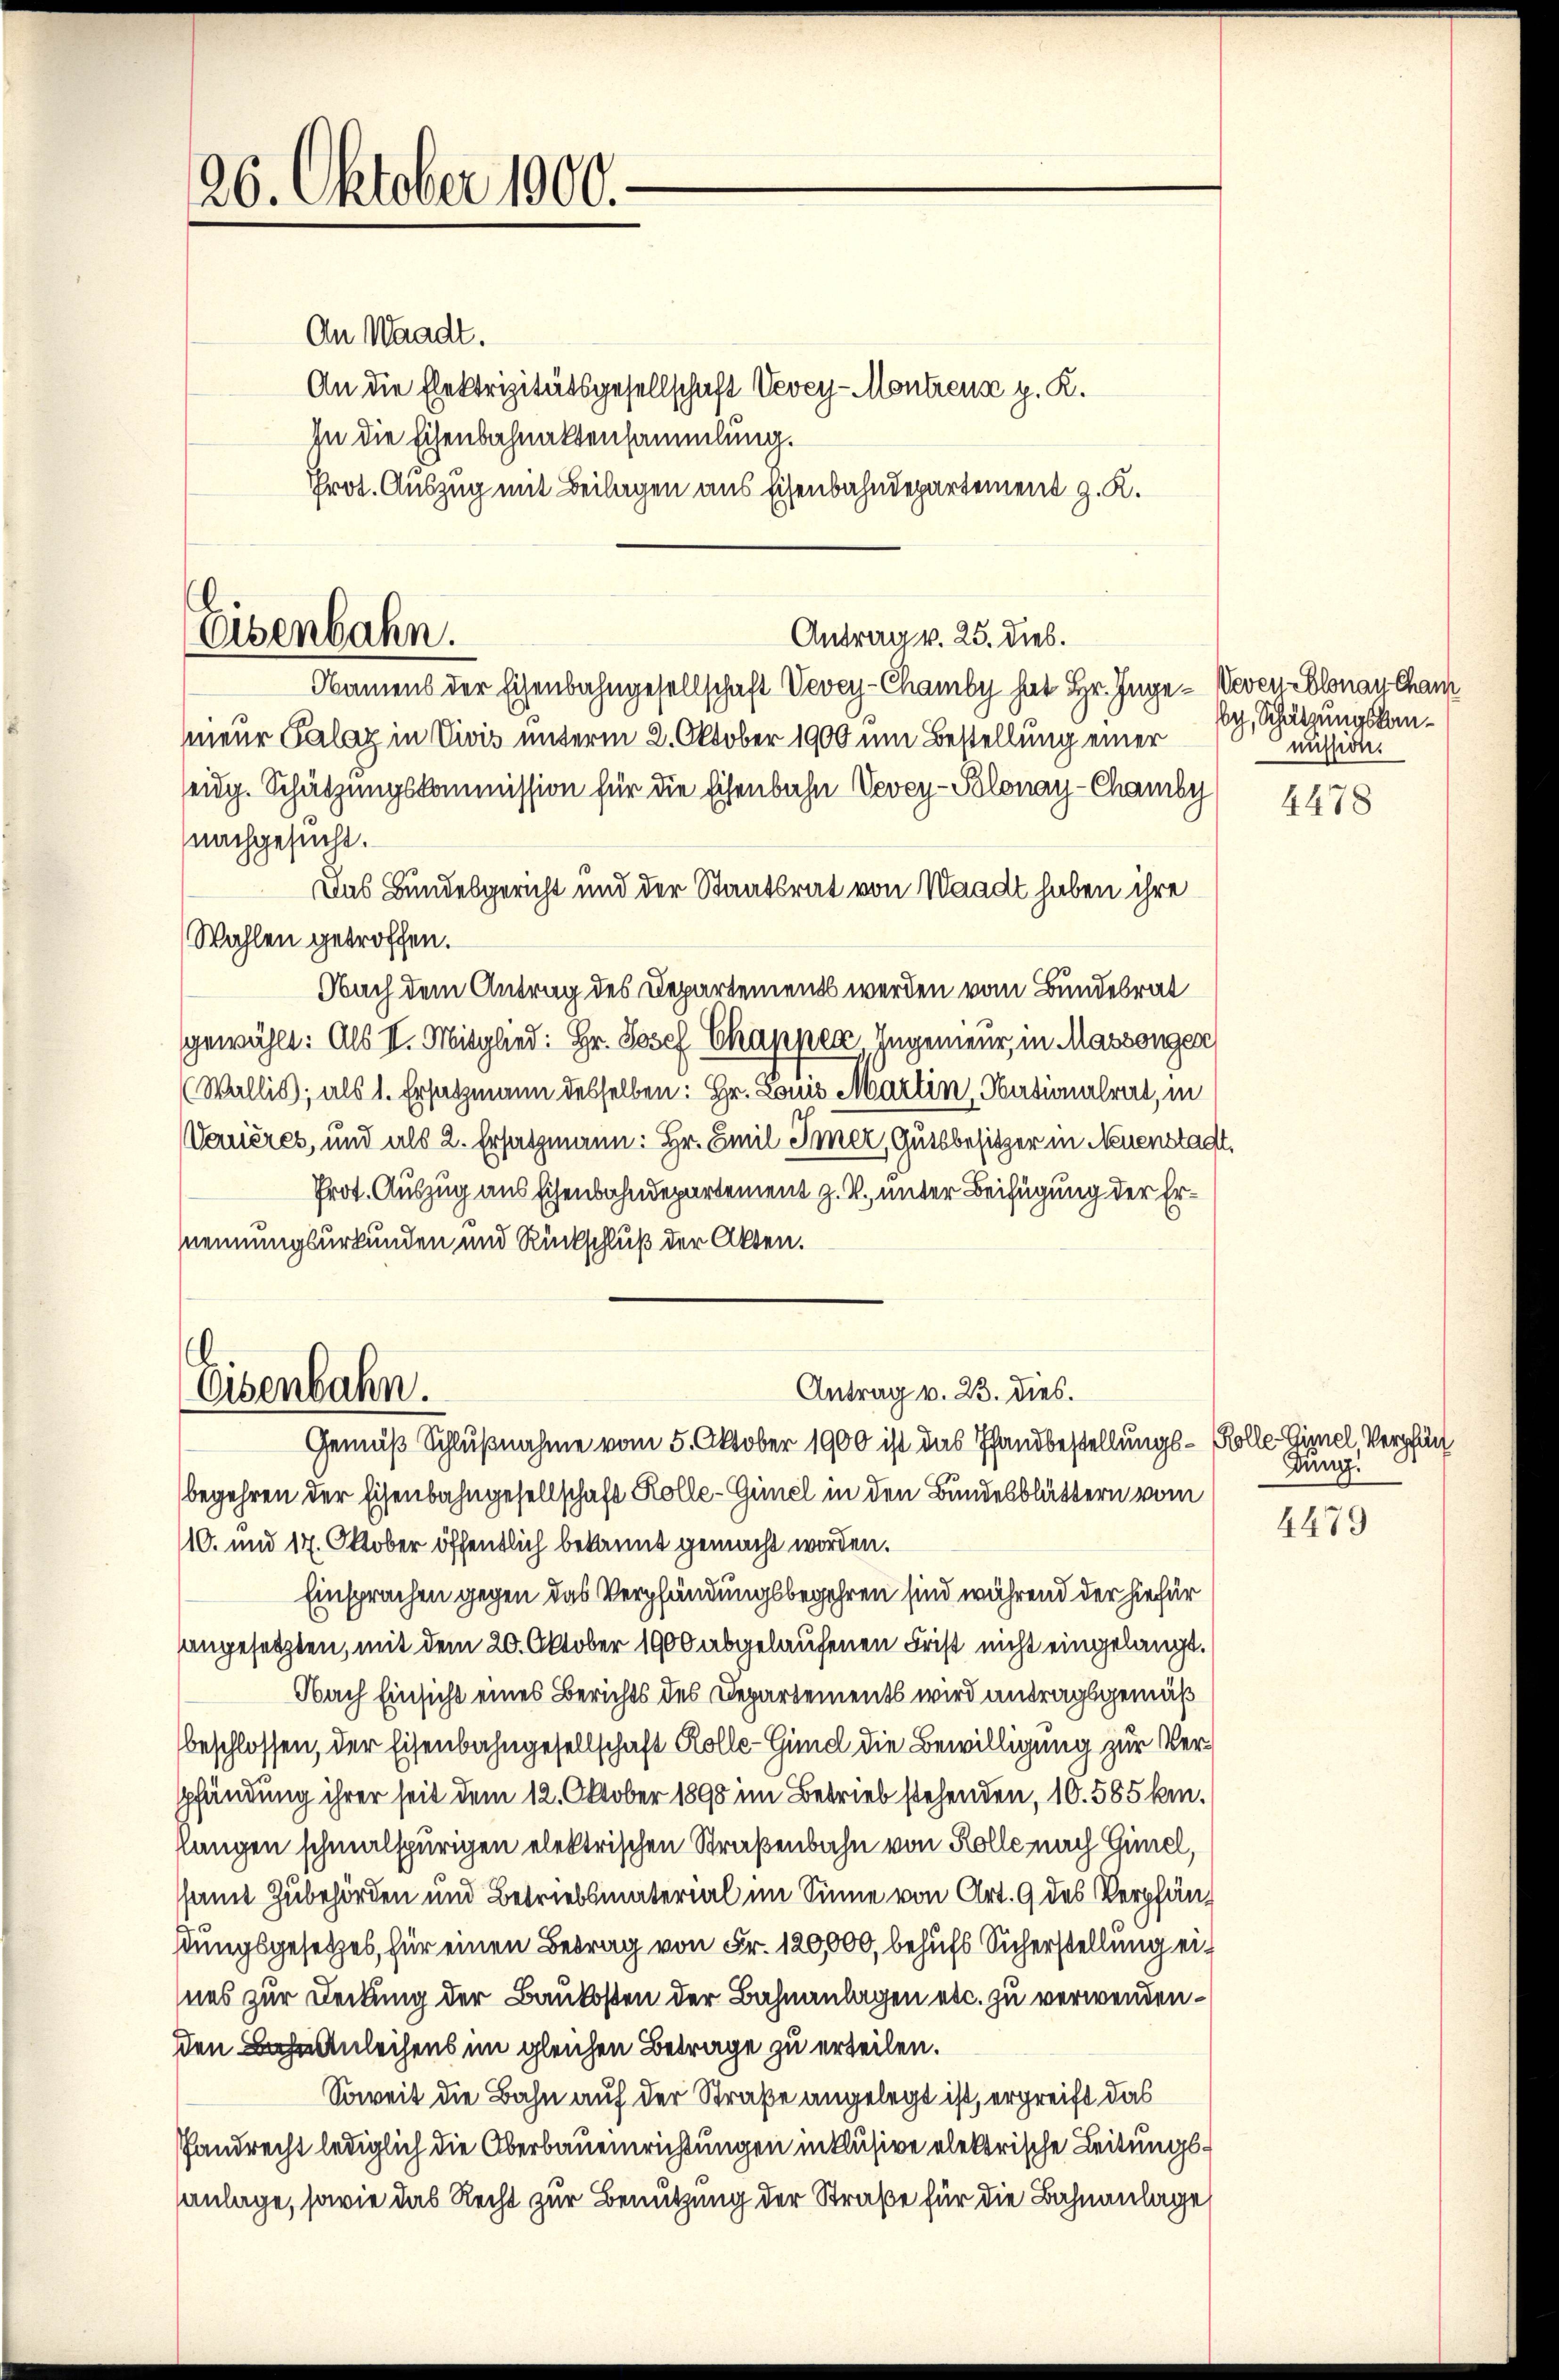
26. Oktober 1000.-

An Waadt.
An die Elektrizitätsgesellschaft Vevey-Montreuse z. R.
In die Eisenbahnaktensammlung.
Prot. Auszug mit Beilagen aus Eisenbahndepartement z. K.
Namens der Eisenbahngesellschaft Vevey-Chamby hat Hr. Inge- Vevey Colonay cham
nieur Galaz in Vivis unterm 2. Oktober 1900 um Bestellung einer
eidg. Schätzungskommission für die Eisenbahn Vevey-Plonay-Chamby
nachgesucht.
Das Bundesgericht und der Staatsrat von Waadt haben ihre
Wahlen getroffen.
Nach dem Antrag des Departement werden vom Bundesrat
gewählt: Als II. Mitglied: Hr. Josef Chapper, Ingenieur, in Massengen
(Wallis, als 1. Ersatzmann desselben: Hr. Louis Martin, Basionalrat, in
Verières, und als 2. Ersatzmann: Hr. Emil Imer, Gutsbesitzer in Neuenstadt,
Prot. Auszug aus Eisenbahndepartement z. B. unter Beifügung der Ernennungsurkunden und Rückschluß der Akten.
Antrag v. 23. dies.
Eisenbahn.
Gemäß Schlußnahme vom 5. Oktober 1900 ist das Pfandbestellungs- Rolle-Gimel Verpfän
begehren der Eisenbahngesellschaft Kolle-Gimel in den Bundesblättern vom
110. und 17. Oktober öffentlich bekannt gemacht worden.
Einsprachen gegen das Verpfändungsbegehren sind während der hiefür
angesetzten, mit dem 20. Oktober 1900 abgelaufenen Frist nicht eingelangt.
Nach Einsicht eines Berichts des Departements wird antragsgemäß
beschlossen, der Eisenbahngesellschaft Kolle-Gumd die Bewilligung zur Verpfändung ihrer seit dem 12. Oktober 1890 im Betrieb stehenden, 10. 585 km.
langen schmalspurigen elektrischen Straßenbahn von Kolle nach Gimel,
samt Zubehörden und Betriebsmaterial im Sinne von Art. 9 des Verpfäng
stungsgesetzes, für einen Betrag von Fr. 120,000, behufs Sicherstellung eines zur Deckung der Baukosten der Bahnanlagen etc. zu verwendenden Anleihens im gleichen Betrage zu erteilen.
Soweit die Bahn auf der Straße angelegt ist, ergreift das
fandrecht lediglich die Oberbauenrichtungen in klusive elektrische Leitungsanlage, sowie das Recht zur Benutzung der Straße für die Bahnanlage

Eisenbahn.

Antrag v. 25. Dieb.

sch, Schätzungskanmission.

4478

dung.

4479